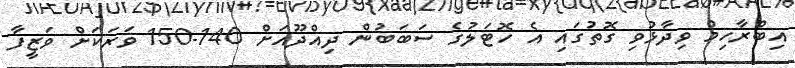
އިބްރާހިމް ވިދާޅުވި ގޮތުގައި އެ ހޮޓަލުގެ ސަބަބުން ދިއްދޫއަށް 140-150 ވަރަކަށް ވަޒީފާ